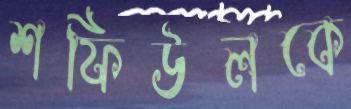
শফিউলকে